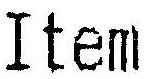
ITEM